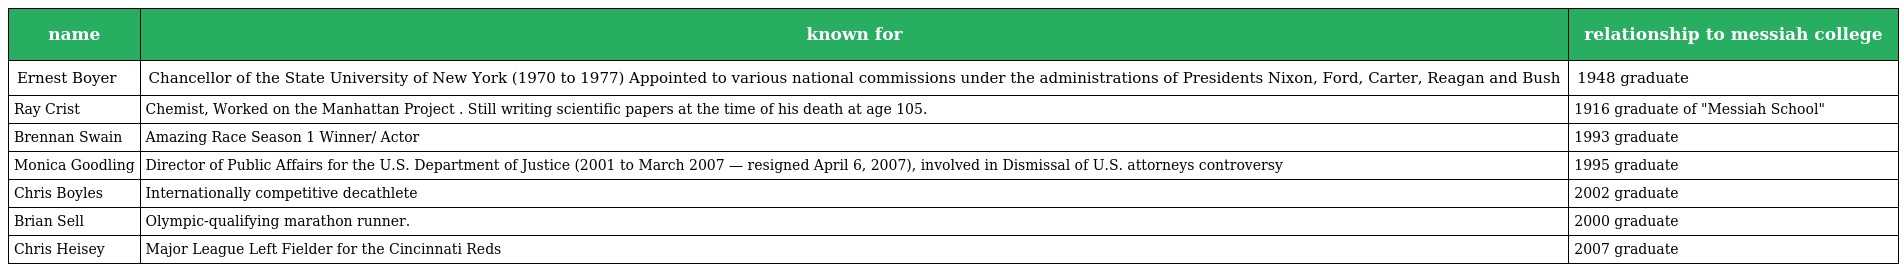
| name | known for | relationship to messiah college |
 | --- | --- | --- |
 | Ernest Boyer | Chancellor of the State University of New York (1970 to 1977) Appointed to various national commissions under the administrations of Presidents Nixon, Ford, Carter, Reagan and Bush | 1948 graduate |
 | Ray Crist | Chemist, Worked on the Manhattan Project . Still writing scientific papers at the time of his death at age 105. | 1916 graduate of "Messiah School" |
 | Brennan Swain | Amazing Race Season 1 Winner/ Actor | 1993 graduate |
 | Monica Goodling | Director of Public Affairs for the U.S. Department of Justice (2001 to March 2007 — resigned April 6, 2007), involved in Dismissal of U.S. attorneys controversy | 1995 graduate |
 | Chris Boyles | Internationally competitive decathlete | 2002 graduate |
 | Brian Sell | Olympic-qualifying marathon runner. | 2000 graduate |
 | Chris Heisey | Major League Left Fielder for the Cincinnati Reds | 2007 graduate |